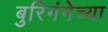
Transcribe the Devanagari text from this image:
बुरिगंगेच्या